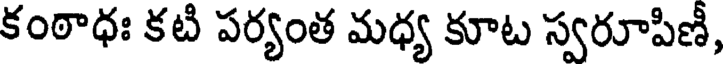
కంఠాధః కటి పర్యంత మధ్య కూట స్వరూపిణీ,